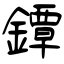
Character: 鐔